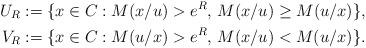
LaTeX: \begin{align*}U_R&:=\{x\in C:M(x/u)>e^R,\,M(x/u)\ge M(u/x)\}, \\V_R&:=\{x\in C:M(u/x)>e^R,\,M(x/u)<M(u/x)\}.\end{align*}